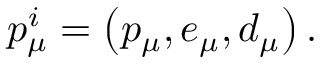
p _ { \mu } ^ { i } = \left( p _ { \mu } , e _ { \mu } , d _ { \mu } \right) .